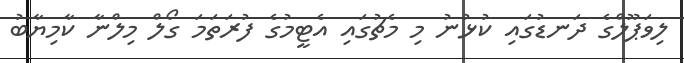
ލިވަޕޫލްގެ ދަނޑުގައި ކުޅުނު މި މެޗުގައި އެޓީމުގެ ފުރަތަމަ ގޯލް މިލްނާ ކާމިޔާބު